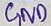
Text: GND